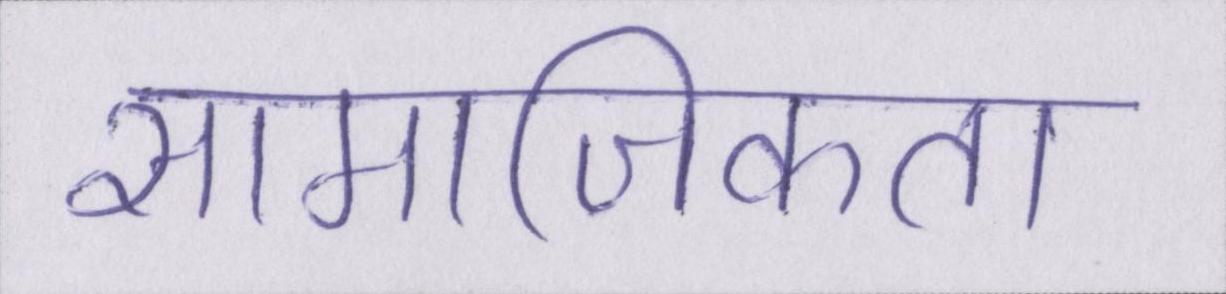
सामाजिकता